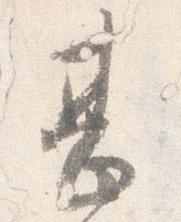
甚